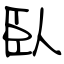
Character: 臥